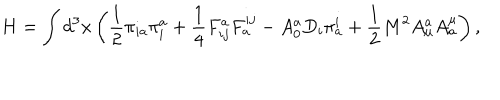
H = \int d ^ { 3 } x \left( \frac 1 2 \pi _ { i a } \pi _ { i } ^ { a } + \frac 1 4 F _ { i j } ^ { a } F _ { a } ^ { i j } - A _ { 0 } ^ { a } D _ { i } \pi _ { a } ^ { i } + \frac 1 2 M ^ { 2 } A _ { \mu } ^ { a } A _ { a } ^ { \mu } \right) ,